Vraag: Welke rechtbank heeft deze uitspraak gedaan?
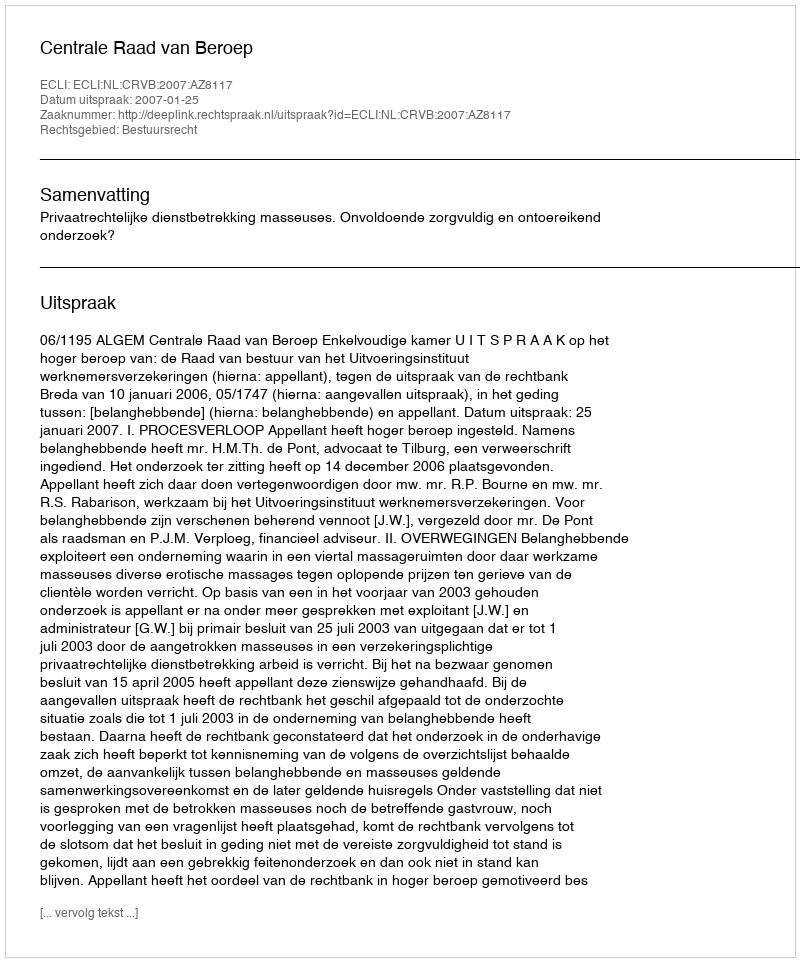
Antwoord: Centrale Raad van Beroep